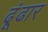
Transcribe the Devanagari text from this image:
ढूंढार